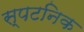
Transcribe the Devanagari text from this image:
स्पटनिक